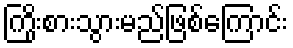
ကြိုးစားသွားမည်ဖြစ်ကြောင်း